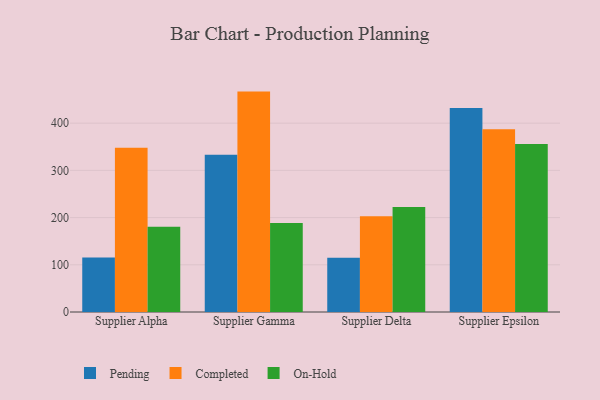
{"axis": {"x": "Supplier", "y": "Temperature (°C)"}, "legend": ["Completed", "On-Hold", "Pending"], "data": [{"x": "Supplier Alpha", "y": 115.4, "type": "Pending"}, {"x": "Supplier Alpha", "y": 348.2, "type": "Completed"}, {"x": "Supplier Alpha", "y": 180.7, "type": "On-Hold"}, {"x": "Supplier Gamma", "y": 333.1, "type": "Pending"}, {"x": "Supplier Gamma", "y": 466.9, "type": "Completed"}, {"x": "Supplier Gamma", "y": 188.3, "type": "On-Hold"}, {"x": "Supplier Delta", "y": 114.7, "type": "Pending"}, {"x": "Supplier Delta", "y": 203.0, "type": "Completed"}, {"x": "Supplier Delta", "y": 222.4, "type": "On-Hold"}, {"x": "Supplier Epsilon", "y": 432.3, "type": "Pending"}, {"x": "Supplier Epsilon", "y": 387.3, "type": "Completed"}, {"x": "Supplier Epsilon", "y": 355.9, "type": "On-Hold"}]}